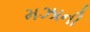
મઝાની